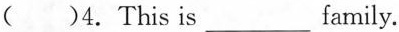
( )4. This is___family.